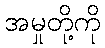
အမှုတို့ကို